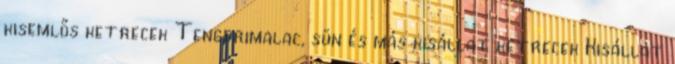
kisemlős ketrecek Tengerimalac, sün és más kisállat ketrecek Kisállat